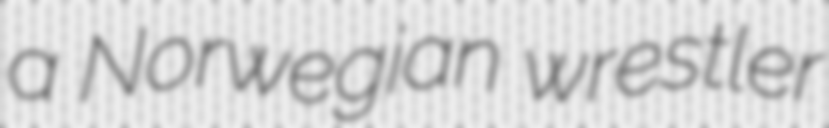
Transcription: a Norwegian wrestler